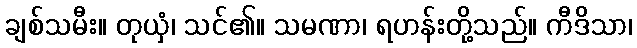
ချစ်သမီး။ တုယှံ၊ သင်၏။ သမဏာ၊ ရဟန်းတို့သည်။ ကီဒိသာ၊